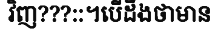
វិញ???::។បើដឹងថាមាន